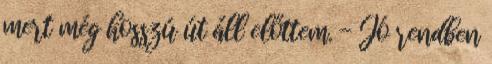
mert még hosszú út áll előttem. - Jó rendben